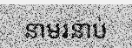
នាមរនាប់